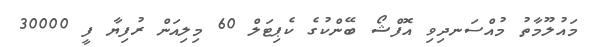
މައުލޫމާތު މުއްސަނދިވި އޮފްޝޯ ބޭންކުގެ ކެޕިޓަލް 60 މިލިއަން ރުފިޔާ ފީ 30000